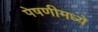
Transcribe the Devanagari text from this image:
पेषणीमध्ये